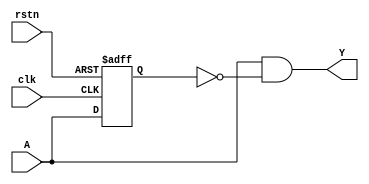
//===============================================
//
//	Version: v1.0
//
// 	This lib is used to detect level edge including:
// 	Positive edge detect;
// 	Negative edge detect;
// 	Both edge detect.
//
//	Version: v1.1
//
// 	Supoort multiple bit.
// 	
//===============================================

//===============================================
// Positive edge detect module
//===============================================

module posedge_detect
#(
	parameter						WIDTH = 1
)
(
	input							clk,
	input							rstn,

	input 		[WIDTH-1:0]			A,
	output  	[WIDTH-1:0]			Y
);

reg				[WIDTH-1:0]			A_d;

genvar								i;

generate
	for(i = 0; i < WIDTH; i = i + 1)
	begin: EDGE_DET
		assign Y[i] = A[i] & ~A_d[i];
	end
endgenerate

always @(posedge clk or negedge rstn)
begin
	if(!rstn)
		A_d <= {WIDTH{1'b0}};
	else
		A_d <= A;
end

endmodule

//===============================================
// Negative edge detect module
//===============================================

module negedge_detect
#(
	parameter						WIDTH = 1
)
(
	input							clk,
	input							rstn,

	input 		[WIDTH-1:0]			A,
	output  	[WIDTH-1:0]			Y
);

reg				[WIDTH-1:0]			A_d;

genvar								i;

generate
	for(i = 0; i < WIDTH; i = i + 1)
	begin: EDGE_DET
		assign Y[i] = ~A[i] & A_d[i];
	end
endgenerate

always @(posedge clk or negedge rstn)
begin
	if(!rstn)
		A_d <= {WIDTH{1'b0}};
	else
		A_d <= A;
end

endmodule

//===============================================
// Both edge detect module
//===============================================

module edge_detect
#(
	parameter						WIDTH = 1
)
(
	input							clk,
	input							rstn,

	input 		[WIDTH-1:0]			A,
	output  	[WIDTH-1:0]			Y
);

reg				[WIDTH-1:0]			A_d;

genvar								i;

generate
	for(i = 0; i < WIDTH; i = i + 1)
	begin: EDGE_DET
		assign Y[i] = A[i] ^ A_d[i];
	end
endgenerate

always @(posedge clk or negedge rstn)
begin
	if(!rstn)
		A_d <= {WIDTH{1'b0}};
	else
		A_d <= A;
end

endmodule